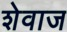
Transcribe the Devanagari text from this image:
शेवाज